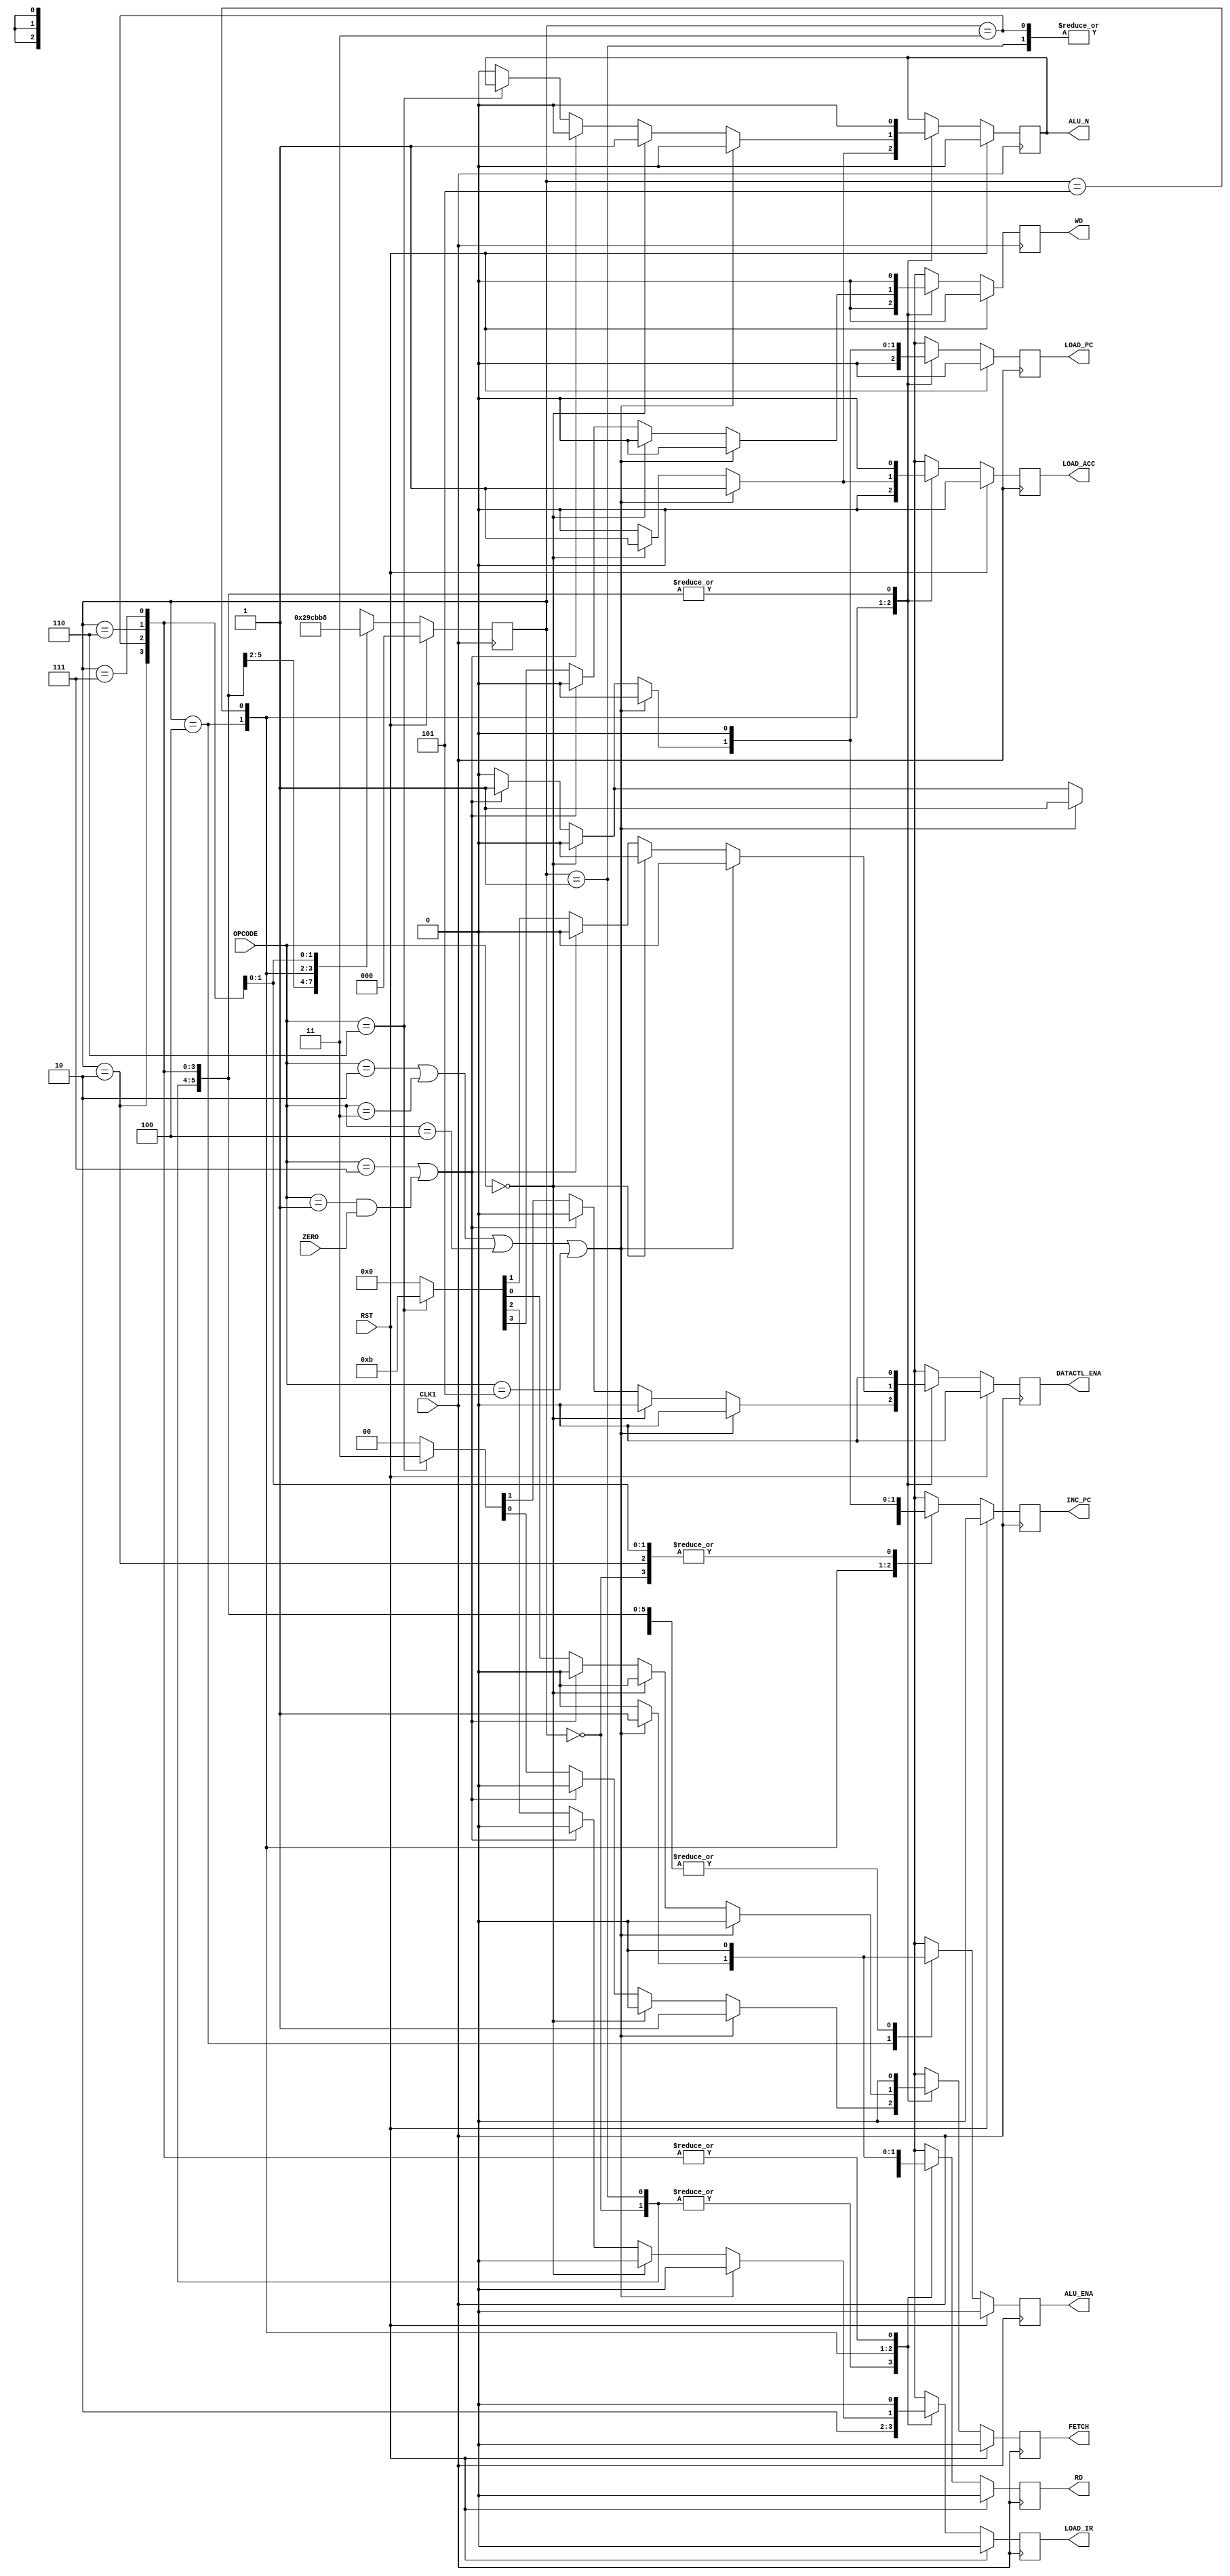
module CONTROL(CLK1,RST,OPCODE,ZERO,
               INC_PC,LOAD_ACC,LOAD_PC,RD,WD,LOAD_IR,DATACTL_ENA,FETCH,ALU_N,ALU_ENA);
	input CLK1,RST,ZERO;
	input[2:0] OPCODE;
	output reg INC_PC,//,
				  LOAD_ACC,//
				  LOAD_PC, //
				  RD,WD, //
				  LOAD_IR,//
				  DATACTL_ENA,//
				  FETCH,//0
				  ALU_N,//
                                  ALU_ENA;
	reg[2:0] state;
	parameter HLT =3'b000, //
							 SKZ =3'b001, //0
							 ADD =3'b010, //
							 ANDD=3'b011,
							 XORR=3'b100,
							 LDA =3'b101, //
							 STO =3'b110, //
							 JMP =3'b111; //
	always@(negedge CLK1)begin
		if(RST)begin
			{INC_PC,LOAD_ACC,LOAD_PC,RD,WD,LOAD_IR,DATACTL_ENA,FETCH}=8'b00000000;
			ALU_N<=0;
                        ALU_ENA<=0;
			state<=3'b000;
		end
		
		else begin
			casex(state)
				3'b000:begin
				  {INC_PC,LOAD_ACC,LOAD_PC,RD,WD,LOAD_IR,DATACTL_ENA,FETCH}=8'b00010100;//RDload_ir1
					ALU_N<=0; 
                                        ALU_ENA<=0;
					state<=3'b001;
				end
				
				3'b001:begin
					{INC_PC,LOAD_ACC,LOAD_PC,RD,WD,LOAD_IR,DATACTL_ENA,FETCH}=8'b10010100;//,+1,8
			                 ALU_N<=0;
                                         ALU_ENA<=0;
					state<=3'b010;
				end
				
				3'b010:begin
					{INC_PC,LOAD_ACC,LOAD_PC,RD,WD,LOAD_IR,DATACTL_ENA,FETCH}=8'b00000000;//load_irinc_pc0register
					ALU_N<=0;
                                        ALU_ENA<=0;
					state<=3'b011;
				end
				
				3'b011:begin
					{INC_PC,LOAD_ACC,LOAD_PC,RD,WD,LOAD_IR,DATACTL_ENA,FETCH}=8'b10000000;//inc_pc,+1,
					ALU_N<=0;
                                        ALU_ENA<=0;
					state<=3'b100;
				end
				
				/*parameter HLT =3'b000, //
							 SKZ =3'b001, //0
							 ADD =3'b010, //
							 ANDD=3'b011,
							 XORR=3'b100,
							 LDA =3'b101, //
							 STO =3'b110, //
							 JMP =3'b111; //*/
				
				3'b100:begin
				//
					if(OPCODE==ADD||OPCODE==ANDD||OPCODE==XORR||OPCODE==LDA)begin
					//RAMrd1FETCH1ADDRRAM
					  {INC_PC,LOAD_ACC,LOAD_PC,RD,WD,LOAD_IR,DATACTL_ENA,FETCH}=8'b00010001;
                                           ALU_ENA<=1;
					   ALU_N<=1;
					end
					
					else if(OPCODE==HLT)begin
					//HLT  ALU_N1 
						{INC_PC,LOAD_ACC,LOAD_PC,RD,WD,LOAD_IR,DATACTL_ENA,FETCH}=8'b00000000;
                                           ALU_ENA<=0;
					   ALU_N<=1;
					end
					
					else if(OPCODE==JMP ||(OPCODE==SKZ && ZERO))begin
					//JMPLOAD=1INC_PCCOUNTER
					  {INC_PC,LOAD_ACC,LOAD_PC,RD,WD,LOAD_IR,DATACTL_ENA,FETCH}=8'b00010000;
                                           ALU_ENA<=0;
					  ALU_N<=0;
					end
					
					else if(OPCODE==STO)begin
					//STOwr
					  {INC_PC,LOAD_ACC,LOAD_PC,RD,WD,LOAD_IR,DATACTL_ENA,FETCH}=8'b00000011;
                                           ALU_ENA<=0;
					  ALU_N<=0;
					end
					
					else begin
					  {INC_PC,LOAD_ACC,LOAD_PC,RD,WD,LOAD_IR,DATACTL_ENA,FETCH}=8'b00000000;
                                           ALU_ENA<=0;
					  ALU_N<=0;
					end
					state<=3'b101;
				end
				
				3'b101:begin
					if(OPCODE==ADD||OPCODE==ANDD||OPCODE==XORR||OPCODE==LDA)begin
					//ALUload_ACC1
					  {INC_PC,LOAD_ACC,LOAD_PC,RD,WD,LOAD_IR,DATACTL_ENA,FETCH}=8'b01010000;
                                          ALU_ENA<=0;
					  ALU_N<=0;
					end
					
					else if(OPCODE==HLT)begin
					//HLT LOAD_ACC1
						{INC_PC,LOAD_ACC,LOAD_PC,RD,WD,LOAD_IR,DATACTL_ENA,FETCH}=8'b01000000;
					   ALU_N<=1;
                                              ALU_ENA<=0;
					end
					
					else if(OPCODE==JMP ||(OPCODE==SKZ && ZERO))begin
					//JMPLOAD1
					  {INC_PC,LOAD_ACC,LOAD_PC,RD,WD,LOAD_IR,DATACTL_ENA,FETCH}=8'b10100000;
					  ALU_N<=0;
                                           ALU_ENA<=0;
					end
					
					else if(OPCODE==STO)begin
					//STOwr
					  {INC_PC,LOAD_ACC,LOAD_PC,RD,WD,LOAD_IR,DATACTL_ENA,FETCH}=8'b00001011;
                                           ALU_ENA<=0;
					end
					
					/*else if(OPCODE==SKZ && ZERO)begin
					//SKZ0COUNTER+1
					  {INC_PC,LOAD_ACC,LOAD_PC,RD,WD,LOAD_IR,DATACTL_ENA,FETCH}=8'b10000000;
					  ALU_N<=0;
                                          ALU_ENA<=0;
					end*/
					
					else begin
						{INC_PC,LOAD_ACC,LOAD_PC,RD,WD,LOAD_IR,DATACTL_ENA,FETCH}=8'b00000000;
						ALU_N<=0;
                                                ALU_ENA<=0;
					end
					state<=3'b110;
					
				end
				
				3'b110:begin
					{INC_PC,LOAD_ACC,LOAD_PC,RD,WD,LOAD_IR,DATACTL_ENA,FETCH}=8'b00000000;
					ALU_N<=0;
                                        ALU_ENA<=0;
					state<=3'b111;
				end
				
				3'b111:begin
				  /*if(OPCODE==SKZ && ZERO)begin
				  //SKZ+1
					  {INC_PC,LOAD_ACC,LOAD_PC,RD,WD,LOAD_IR,DATACTL_ENA,FETCH}=8'b10000000;
					  ALU_N<=0;
				  end*/
				  
				  //else begin
						{INC_PC,LOAD_ACC,LOAD_PC,RD,WD,LOAD_IR,DATACTL_ENA,FETCH}=8'b00000000;
                                                 ALU_ENA<=0;
						ALU_N<=0;
				  //end
				  state<=3'b000;
				end
				
				default:begin
				  state<=3'b000;
				  {INC_PC,LOAD_ACC,LOAD_PC,RD,WD,LOAD_IR,DATACTL_ENA,FETCH}=8'b00000000;
                                   ALU_ENA<=0;
				  ALU_N<=0;
				end
			endcase
		end
	end
	
endmodule